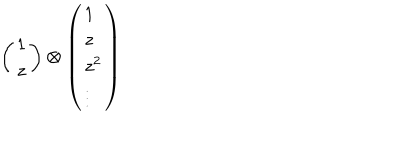
\left( \begin{array} { c } { { 1 } } \\ { { z } } \\ \end{array} \right) \otimes \left( \begin{array} { l } { { 1 } } \\ { { z } } \\ { { z ^ { 2 } } } \\ { { \vdots } } \\ \end{array} \right)